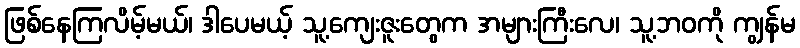
ဖြစ်နေကြလိမ့်မယ်၊ ဒါပေမယ့် သူ့ကျေးဇူးတွေက အများကြီးလေ၊ သူ့ဘဝကို ကျွန်မ